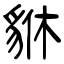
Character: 貅